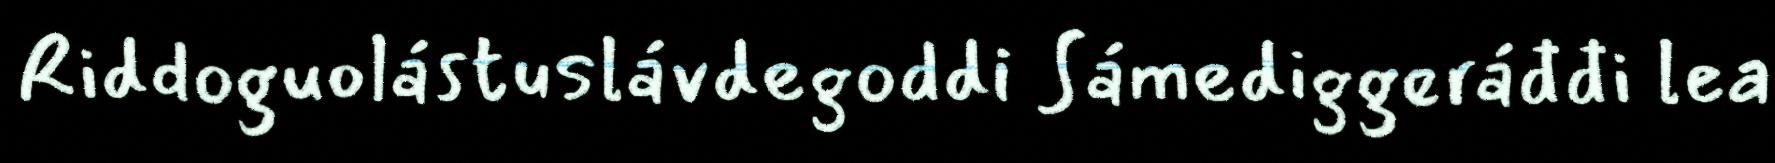
Riddoguolástuslávdegoddi Sámediggeráđđi lea